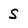
Character: S